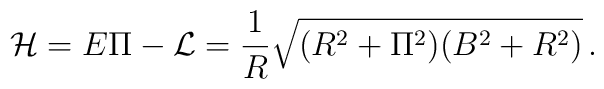
\mathcal{H}=E\Pi- \mathcal{L}=\frac{1}{R}\sqrt{(R^2+\Pi ^2)(B^2+R^2)}\,.